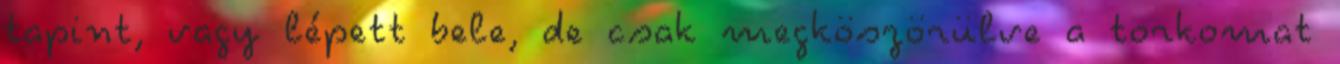
tapint, vagy lépett bele, de csak megköszörülve a torkomat